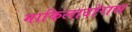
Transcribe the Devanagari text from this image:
माकिलादोरास